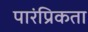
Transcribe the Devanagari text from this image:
पारंप्रिकता